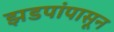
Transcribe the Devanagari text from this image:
झडपांपासून